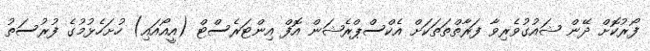
ފޯރުކޮށް ދޭން ޝައުގުވެރިވާ ފަރާތްތަތަކަށް އެކްސްޕްރެޝަން އޮފް އިންޓަރެސްޓް (އީއޯއައި) ހުށަހެޅުމުގެ ފުރުސަތު